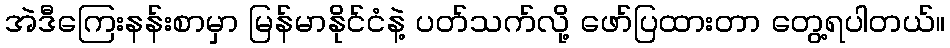
အဲဒီကြေးနန်းစာမှာ မြန်မာနိုင်ငံနဲ့ ပတ်သက်လို့ ဖော်ပြထားတာ တွေ့ရပါတယ်။